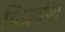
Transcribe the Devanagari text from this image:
विप्रवंश